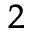
^ 2